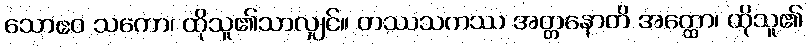
သောဧဝ သကော၊ ထိုသူ၏သာလျှင်။ တဿသကဿ အတ္တနောတိ အတ္ထော၊ ထိုသူ၏